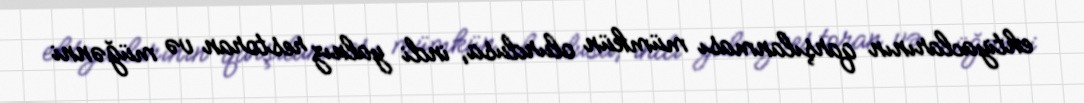
ehtiyaclarının qarşılanması mümkün olurdusa, indi yalnız restoran və müğənni